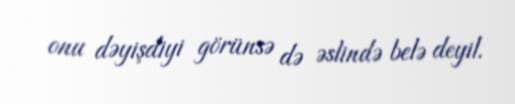
onu dəyişdiyi görünsə də əslində belə deyil.